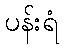
ပန်းရံ